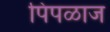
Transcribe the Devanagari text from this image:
पिपळाज